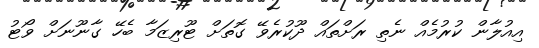
އިއުލާން ކުރުމެއް ނެތި ރަށްތައް ދޫކުރެވޭ ގޮތަށް ޓޫރިޒަމާ ބެހޭ ގާނޫނަށް ވޯޓު